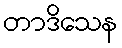
တာဒိသေန